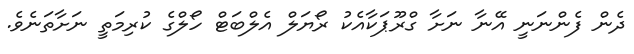
ދެން ފެންނަނީ އޭނާ ނަށާ ގްރޫޕަކާއެކު ރޯޔަލް އެލްބަޓް ހޯލްގެ ކުރިމަތީ ނަށާތަނެވެ.